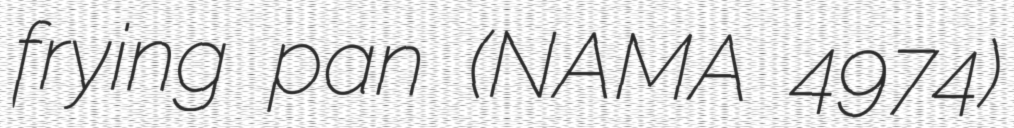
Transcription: frying pan (NAMA 4974)